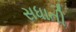
સધાતી